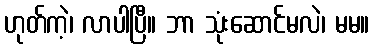
ဟုတ်ကဲ့၊ လာပါပြီ။ ဘာ သုံးဆောင်မလဲ၊ မမ။